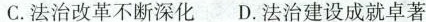
C.法治改革不断深化D.法治建设成就卓著